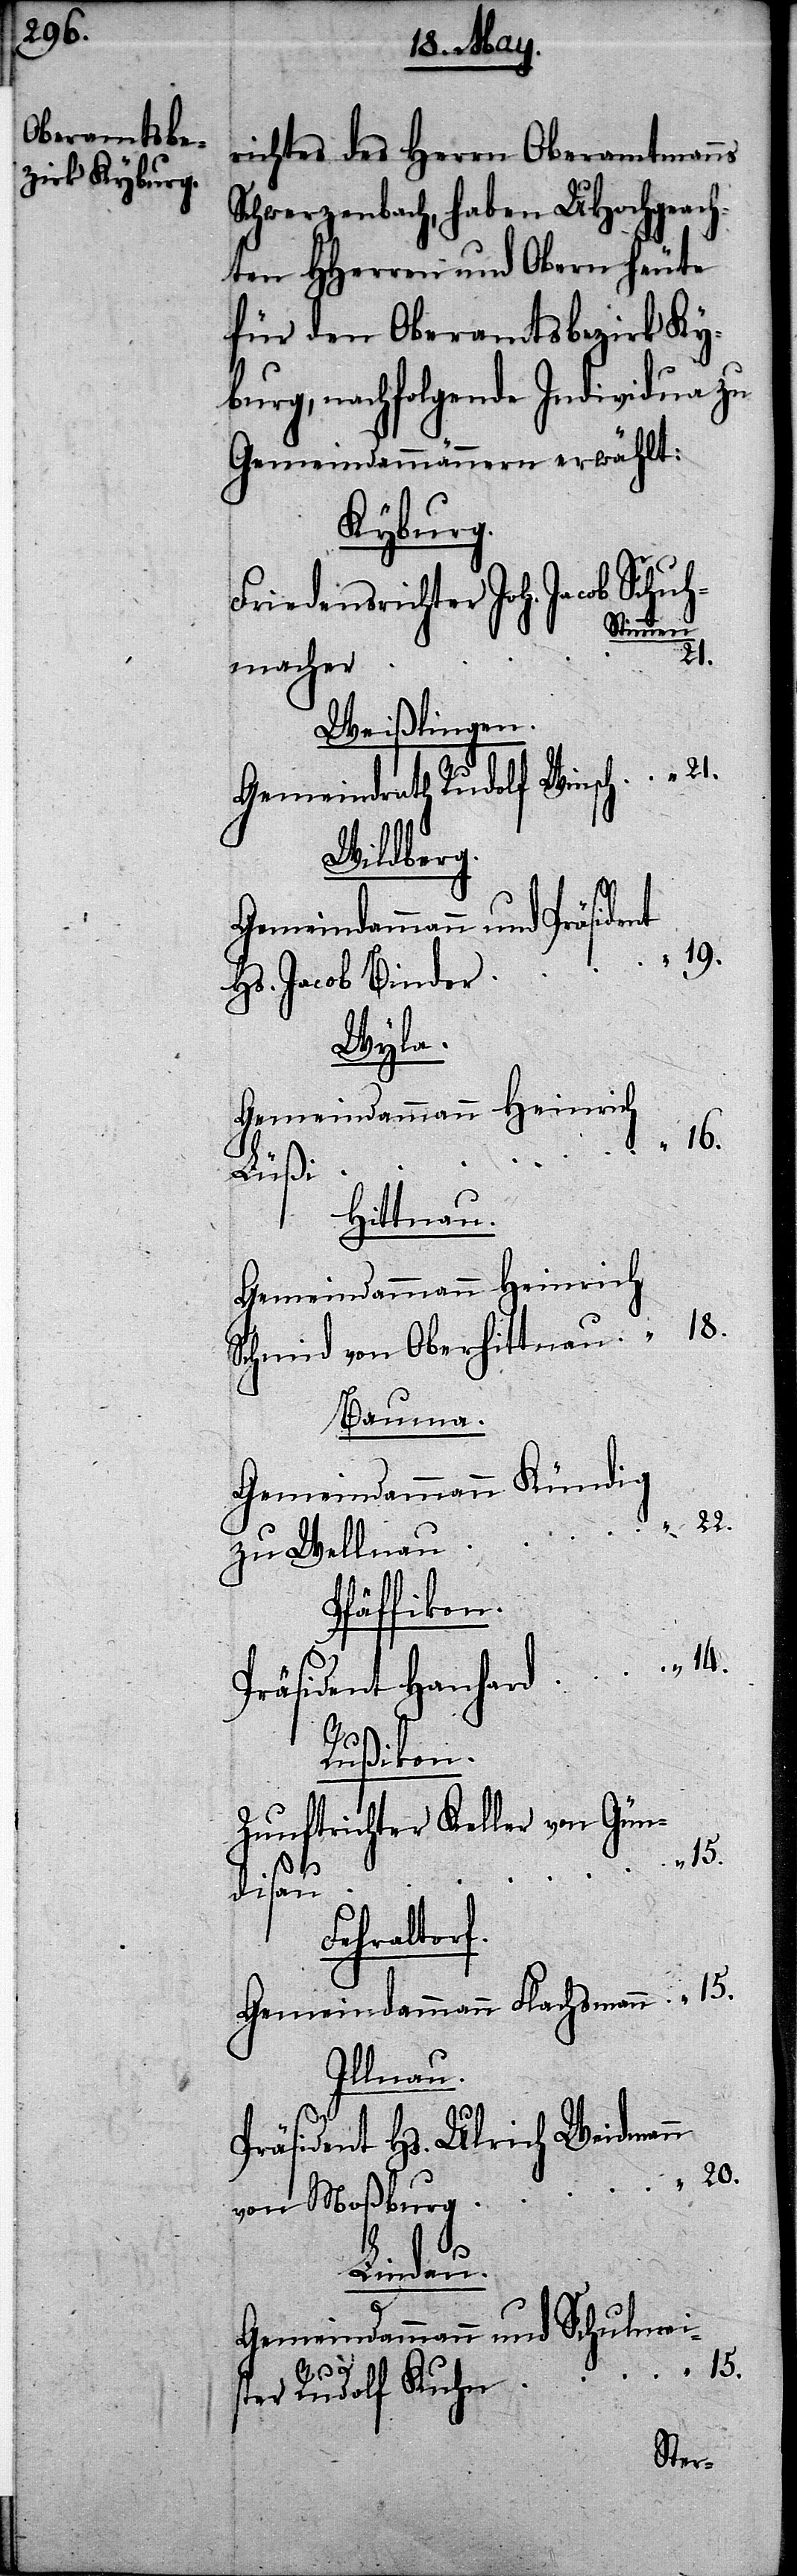
richtes des Herrn Oberamtmanns
Schwerzenbach, haben UHochgeach¬
ten HHerren und Obern heute
für den Oberamtsbezirk Ky¬
burg, nachfolgende Individua zu
Gemeindammännern erwählt:
Kyburg.
Friedensrichter Joh. Jacob Schuh¬
Stimmen
22.
macher
Weißlingen.
Gemeindrath Rudolf Winsch
Wildberg.
Gemeindammann und Präside¬
19.
Hs. Jacob Binder
Wyla.
Gemeindammann Heinrich
16.
Hittnau.
Schmid von Oberhittnau
Bauma.
Gemeindammann Kündig
zu Wellnau
Pfäffikon.
14.
Präsident Hanhard
Rußikon.
Zunftrichter Keller von Gün¬
15.
disau
Fehraltorf.
Gemeindammann Flachsmann
Illnau.
Präsident Hs. Ulrich Weidmann
von Moßburg
20.
Lindau.
Gemeindammann und Schulmei¬
ster Rudolf Kuhn